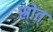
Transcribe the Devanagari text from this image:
स्रोत्